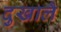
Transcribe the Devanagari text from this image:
दुखालै